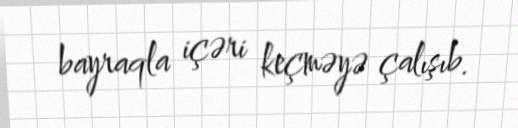
bayraqla içəri keçməyə çalışıb.